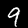
Label: 9